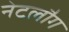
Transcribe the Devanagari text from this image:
नेटलौग